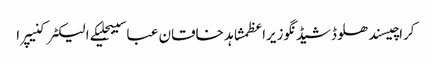
کراچیسندھلوڈشیڈنگوزیراعظمشاہد خاقان عباسیبجلیکے الیکٹرکنیپرا